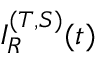
I _ { R } ^ { ( T , S ) } ( t )